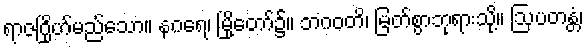
ရာဇဂြိုဟ်မည်သော။ နဂရေ၊ မြို့တော်၌။ ဘဂဝတိ၊ မြတ်စွာဘုရားသို့။ ဩပတန္တံ၊